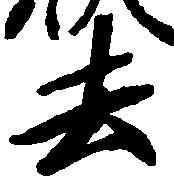
去